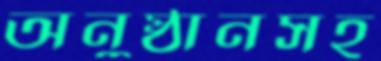
অনুষ্ঠানসহ